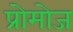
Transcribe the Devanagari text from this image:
प्रोमोज